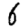
Digit: 6